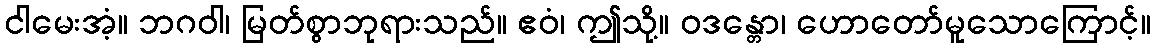
ငါမေးအံ့။ ဘဂဝါ၊ မြတ်စွာဘုရားသည်။ ဧဝံ၊ ဤသို့။ ဝဒန္တော၊ ဟောတော်မူသောကြောင့်။